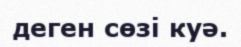
деген сөзі куә.